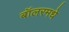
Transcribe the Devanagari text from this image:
बॉलरमधे